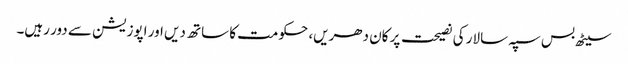
سیٹھ بس سپہ سالار کی نصیحت پر کان دھریں، حکومت کا ساتھ دیں اور اپوزیشن سے دور رہیں۔